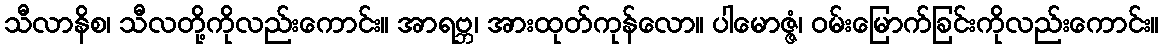
သီလာနိစ၊ သီလတို့ကိုလည်းကောင်း။ အာရဗ္ဘ၊ အားထုတ်ကုန်လော။ ပါမောဇ္ဇံ၊ ဝမ်းမြောက်ခြင်းကိုလည်းကောင်း။